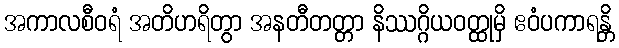
အကာလစီဝရံ အတိဟရိတွာ အနတီတတ္တာ နိဿဂ္ဂိယဝတ္ထုမှိ ဧဝံပကာရန္တိ